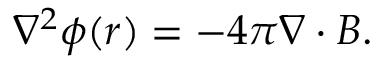
\nabla ^ { 2 } \phi ( \ensuremath { \boldsymbol { r } } ) = - 4 \pi \ensuremath { \boldsymbol { \nabla } } \cdot \ensuremath { \boldsymbol { B } } .